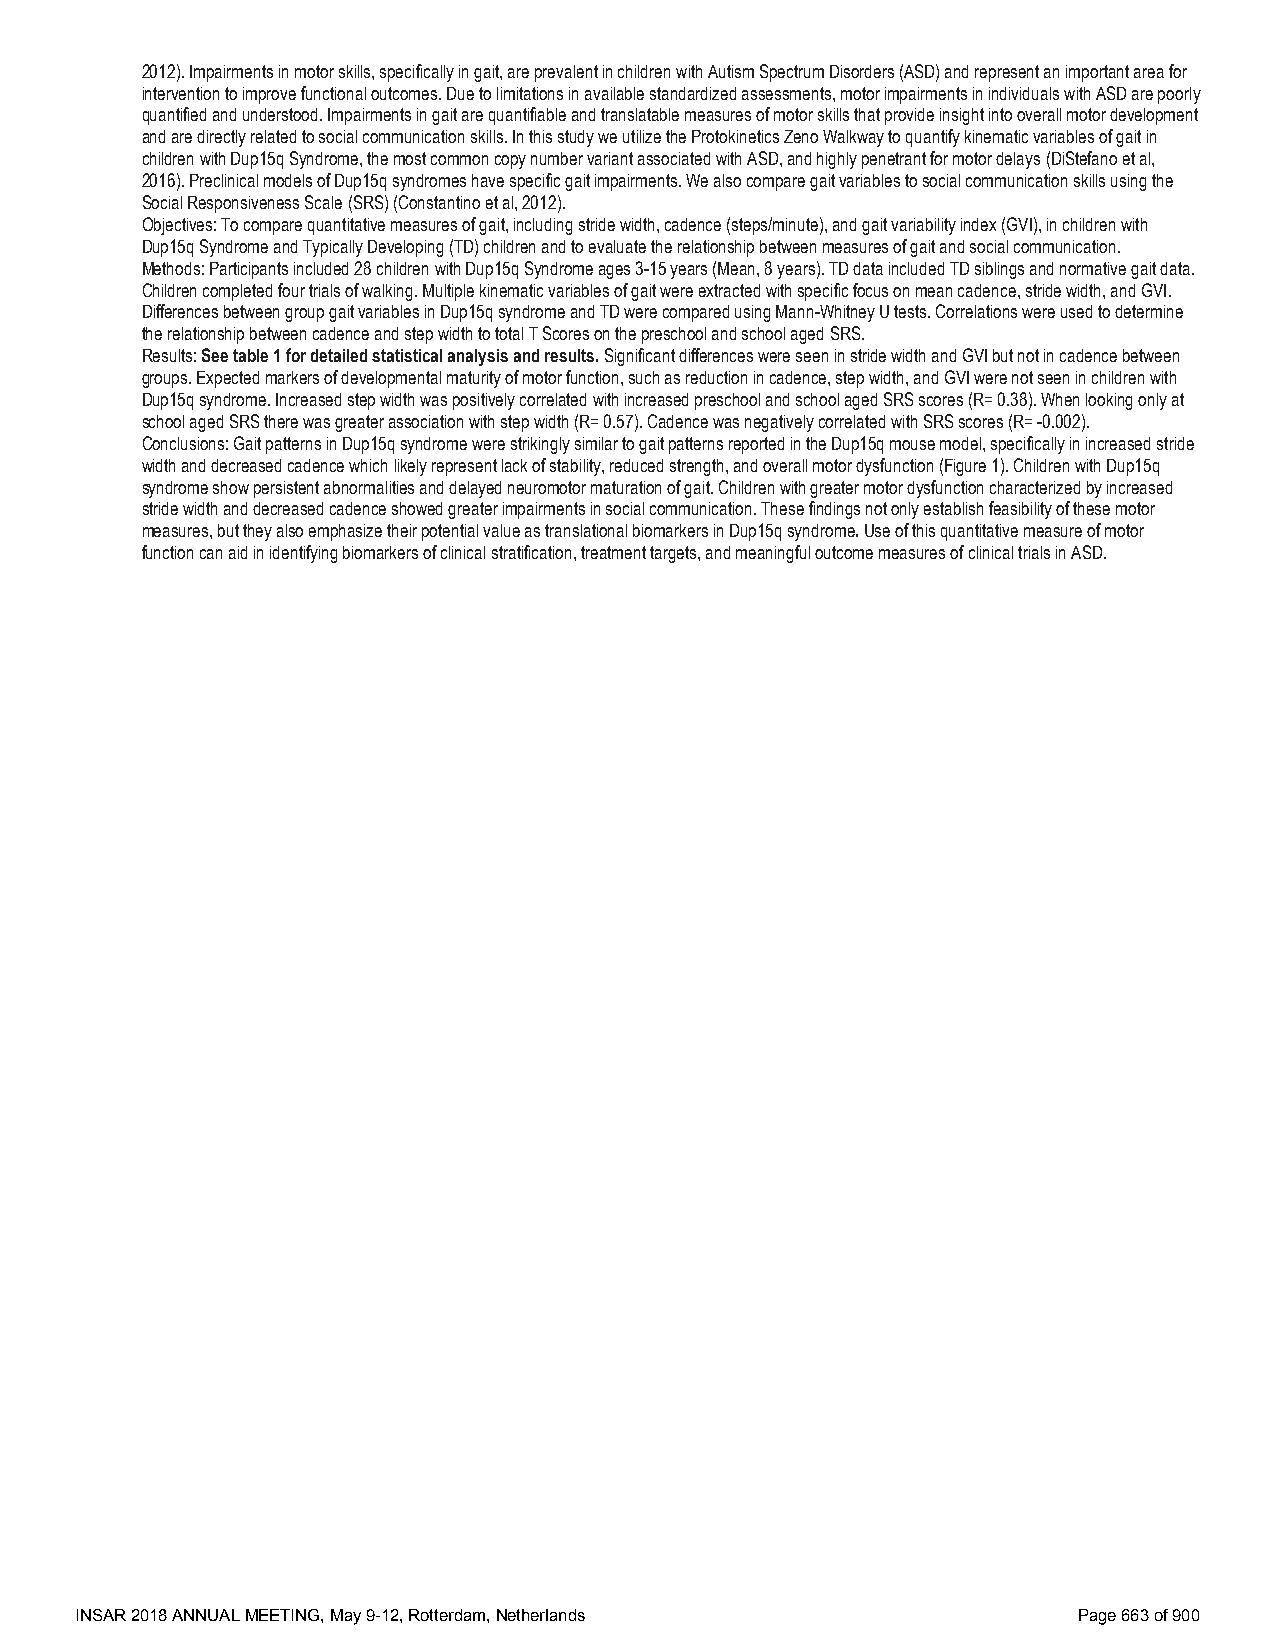
2012). Impairments in motor skills, specifically in gait, are prevalent in children with Autism Spectrum Disorders (ASD) and represent an important area for
 intervention to improve functional outcomes. Due to limitations in available standardized assessments, motor impairments in individuals with ASD are poorly
 quantified and understood. Impairments in gait are quantifiable and translatable measures of motor skills that provide insight into overall motor development
 and are directly related to social communication skills. In this study we utilize the Protokinetics Zeno Walkway to quantify kinematic variables of gait in
 children with Dup15q Syndrome, the most common copy number variant associated with ASD, and highly penetrant for motor delays (DiStefano et al,
 2016). Preclinical models of Dup15q syndromes have specific gait impairments. We also compare gait variables to social communication skills using the
 Social Responsiveness Scale (SRS) (Constantino et al, 2012).
 Objectives: To compare quantitative measures of gait, including stride width, cadence (steps/minute), and gait variability index (GVI), in children with
 Dup15q Syndrome and Typically Developing (TD) children and to evaluate the relationship between measures of gait and social communication.
 Methods: Participants included 28 children with Dup15q Syndrome ages 3-15 years (Mean, 8 years). TD data included TD siblings and normative gait data.
 Children completed four trials of walking. Multiple kinematic variables of gait were extracted with specific focus on mean cadence, stride width, and GVI.
 Differences between group gait variables in Dup15q syndrome and TD were compared using Mann-Whitney U tests. Correlations were used to determine
 the relationship between cadence and step width to total T Scores on the preschool and school aged SRS.
 Results: See table 1 for detailed statistical analysis and results. Significant differences were seen in stride width and GVI but not in cadence between
 groups. Expected markers of developmental maturity of motor function, such as reduction in cadence, step width, and GVI were not seen in children with
 Dup15q syndrome. Increased step width was positively correlated with increased preschool and school aged SRS scores (R= 0.38). When looking only at
 school aged SRS there was greater association with step width (R= 0.57). Cadence was negatively correlated with SRS scores (R= -0.002).
 Conclusions: Gait patterns in Dup15q syndrome were strikingly similar to gait patterns reported in the Dup15q mouse model, specifically in increased stride
 width and decreased cadence which likely represent lack of stability, reduced strength, and overall motor dysfunction (Figure 1). Children with Dup15q
 syndrome show persistent abnormalities and delayed neuromotor maturation of gait. Children with greater motor dysfunction characterized by increased
 stride width and decreased cadence showed greater impairments in social communication. These findings not only establish feasibility of these motor
 measures, but they also emphasize their potential value as translational biomarkers in Dup15q syndrome. Use of this quantitative measure of motor
 function can aid in identifying biomarkers of clinical stratification, treatment targets, and meaningful outcome measures of clinical trials in ASD.
 INSAR 2018 ANNUAL MEETING, May 9-12, Rotterdam, Netherlands       Page 663 of 900